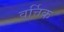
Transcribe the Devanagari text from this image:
वर्त्तिक